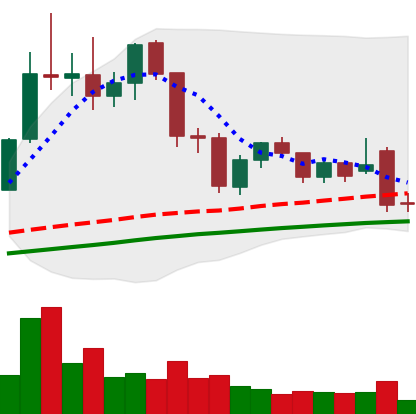
Ticker: LTC-USD
Chart end date: 2021-11-27
Forward return: 4.26%
Label: up_3_5